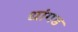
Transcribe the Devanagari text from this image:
धांगड